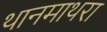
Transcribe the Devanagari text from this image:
थानमाथरा